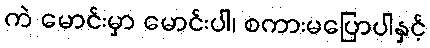
ကဲ မောင်းမှာ မောင်းပါ၊ စကားမပြောပါနှင့်